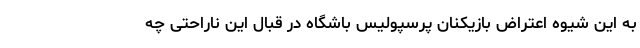
به این شیوه اعتراض بازیکنان پرسپولیس باشگاه در قبال این ناراحتی چه